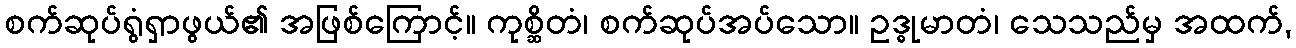
စက်ဆုပ်ရွံရှာဖွယ်၏ အဖြစ်ကြောင့်။ ကုစ္ဆိတံ၊ စက်ဆုပ်အပ်သော။ ဥဒ္ဓုမာတံ၊ သေသည်မှ အထက်,